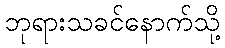
ဘုရားသခင်နောက်သို့